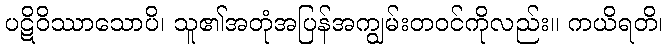
ပဋိဝိဿာသောပိ၊ သူ၏အတုံအပြန်အကျွမ်းတဝင်ကိုလည်း။ ကယိရတိ၊